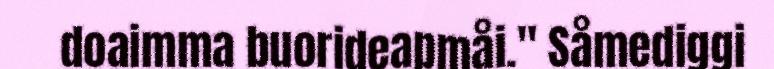
doaimma buorideapmåi." Såmediggi